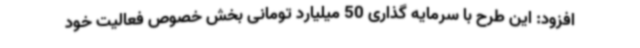
افزود: این طرح با سرمایه گذاری 50 میلیارد تومانی بخش خصوص فعالیت خود